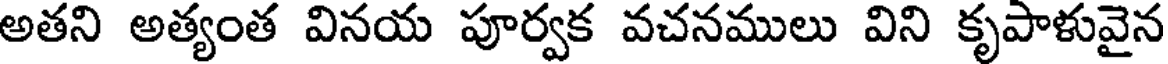
అతని అత్యంత వినయ పూర్వక వచనములు విని కృపాళువైన